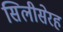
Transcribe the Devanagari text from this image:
सिलीसेरह